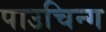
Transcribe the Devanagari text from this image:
पाउचिन्ग